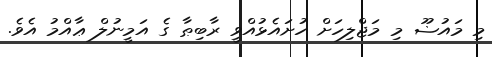
މި މައުޟޫ މި މަޖްލިހަށް ހުށައެޅުއްވީ ރާބިޠާ ގެ އަމީނުލް ޢާއްމު އެވެ.